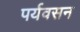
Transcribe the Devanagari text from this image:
पर्यवसन